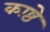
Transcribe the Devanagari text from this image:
काष्ठे